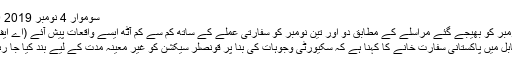
سوموار 4 نومبر 2019 8:00
تین نومبر کو بھیجے گئے مراسلے کے مطابق دو اور تین نومبر کو سفارتی عملے کے ساتھ کم سے کم آٹھ ایسے واقعات پیش آئے (اے ایف پی)
کابل میں پاکستانی سفارت خانے کا کہنا ہے کہ سکیورٹی وجوہات کی بنا پر قونصلر سیکشن کو غیر معینہ مدت کے لیے بند کیا جا رہا ہے۔